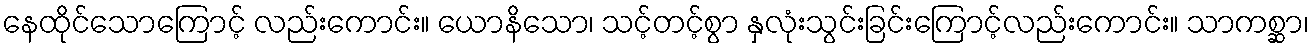
နေထိုင်သောကြောင့် လည်းကောင်း။ ယောနိသော၊ သင့်တင့်စွာ နှလုံးသွင်းခြင်းကြောင့်လည်းကောင်း။ သာကစ္ဆာ၊